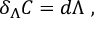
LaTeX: \delta _ { \Lambda } C = d \Lambda \ ,